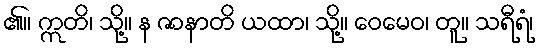
၏။ ဣတိ၊ သို့။ န ဇာနာတိ ယထာ၊ သို့။ ဝေမေဝ၊ တူ။ သရီရံ၊